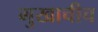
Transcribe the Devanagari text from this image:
मुखाचीच